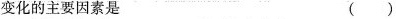
变化的主要因素是( )